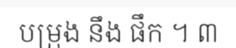
បម្រុង នឹង ផឹក ។ ៣